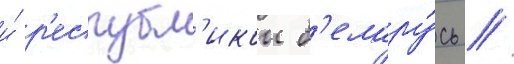
и́ р'еспубл'икои б'елару́сь //